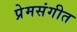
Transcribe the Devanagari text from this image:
प्रेमसंगीत